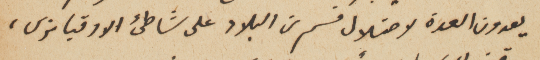
يعدون العدة لاحتلال قسم من البلاد على شاطىء الاوقيانوس،